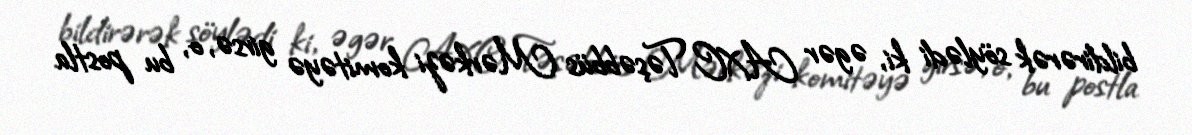
bildirərək söylədi ki, əgər AXC Təşəbbüs Mərkəzi komitəyə girsə, o, bu postla